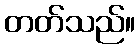
တတ်သည်။